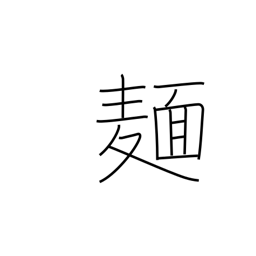
Meaning: noodles